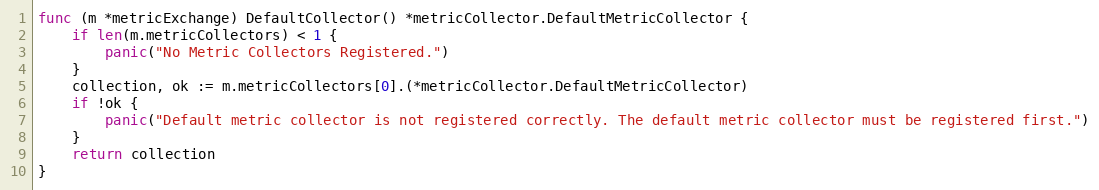
Language: Go
func (m *metricExchange) DefaultCollector() *metricCollector.DefaultMetricCollector {
	if len(m.metricCollectors) < 1 {
		panic("No Metric Collectors Registered.")
	}
	collection, ok := m.metricCollectors[0].(*metricCollector.DefaultMetricCollector)
	if !ok {
		panic("Default metric collector is not registered correctly. The default metric collector must be registered first.")
	}
	return collection
}